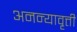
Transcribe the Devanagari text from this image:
अनन्यावृत्ती